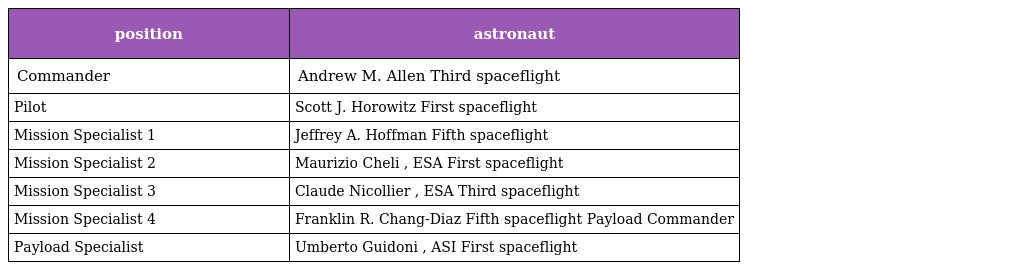
| position | astronaut |
 | --- | --- |
 | Commander | Andrew M. Allen Third spaceflight |
 | Pilot | Scott J. Horowitz First spaceflight |
 | Mission Specialist 1 | Jeffrey A. Hoffman Fifth spaceflight |
 | Mission Specialist 2 | Maurizio Cheli , ESA First spaceflight |
 | Mission Specialist 3 | Claude Nicollier , ESA Third spaceflight |
 | Mission Specialist 4 | Franklin R. Chang-Diaz Fifth spaceflight Payload Commander |
 | Payload Specialist | Umberto Guidoni , ASI First spaceflight |